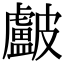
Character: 𥀵